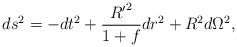
\begin{align*}d{s^2}=-d{t^2}+{{{R'}^2}\over{1+f}}d{r^2}+{R^2}d{\Omega^2},\end{align*}